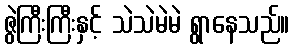
ဇွဲကြီးကြီးနှင့် သဲသဲမဲမဲ ရွာနေသည်။